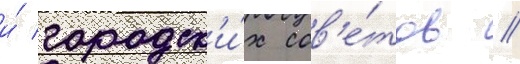
и́ городск'и́х сов'е́тов //